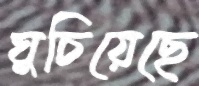
ঘুচিয়েছে